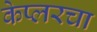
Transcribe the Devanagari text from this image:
केप्लरचा